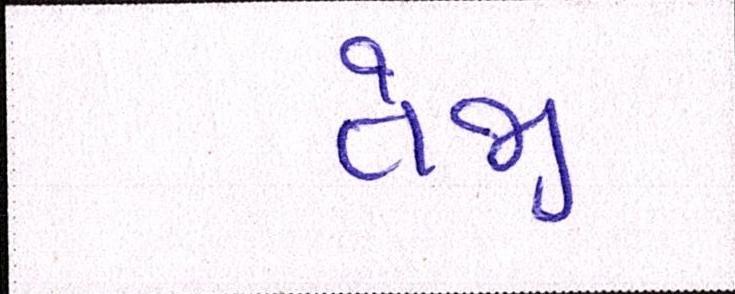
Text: તેજી